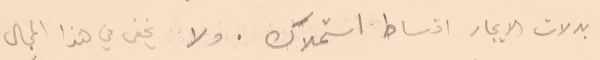
بدلات الايجار اقساط استملاك. ولا يخفى في هذا المجال